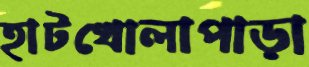
হাটখোলাপাড়া